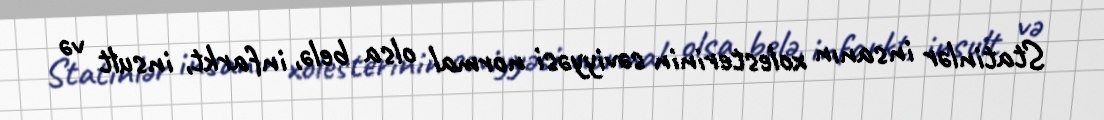
Statinlər insanın xolesterinin səviyyəsi normal olsa belə, infarkt, insult və